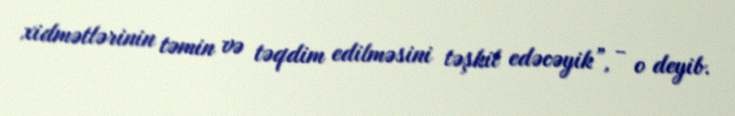
xidmətlərinin təmin və təqdim edilməsini təşkil edəcəyik”, - o deyib.